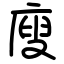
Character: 廋